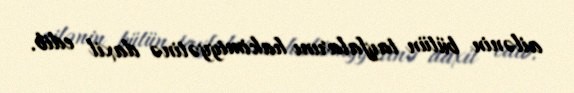
ailənin bütün tayfalarını hakimiyyətinə daxil edib.